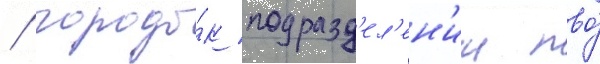
/ городо́к подразд'ел'ен'ии пво́